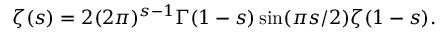
\zeta ( s ) = 2 ( 2 \pi ) ^ { s - 1 } \Gamma ( 1 - s ) \sin ( \pi s / 2 ) \zeta ( 1 - s ) .